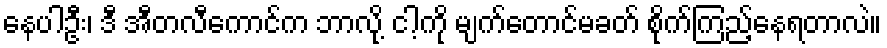
နေပါဦး၊ ဒီ အီတလီကောင်က ဘာလို့ ငါ့ကို မျက်တောင်မခတ် စိုက်ကြည့်နေရတာလဲ။